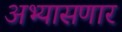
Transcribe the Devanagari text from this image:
अभ्यासणार